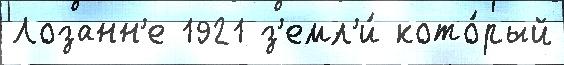
Лозанн'е 1921 з'емл'и́ кото́рый